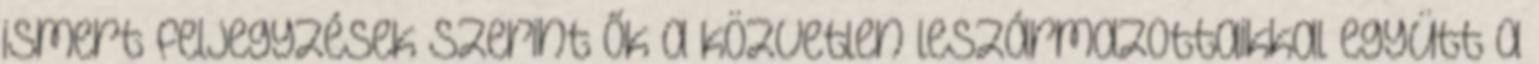
ismert feljegyzések szerint ők a közvetlen leszármazottaikkal együtt a